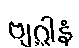
ဗျဂ္ဃါနံ